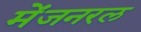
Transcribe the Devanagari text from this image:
मेंजनरल